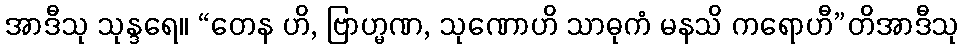
အာဒီသု သုန္ဒရေ။ “တေန ဟိ, ဗြာဟ္မဏ, သုဏောဟိ သာဓုကံ မနသိ ကရောဟီ”တိအာဒီသု